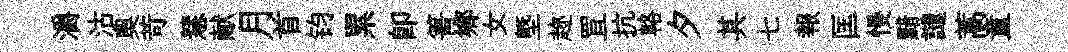
灂沽奧苛慧献月首钧累即箐鄉女塈趂罝抗輅夕其七報匡慢黯譴蒿童